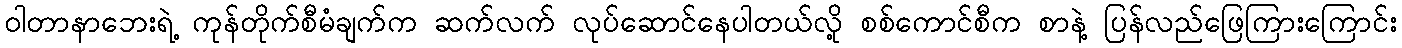
ဝါတာနာဘေးရဲ့ ကုန်တိုက်စီမံချက်က ဆက်လက် လုပ်ဆောင်နေပါတယ်လို့ စစ်ကောင်စီက စာနဲ့ ပြန်လည်ဖြေကြားကြောင်း